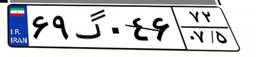
۶۹گ۰۴۶۷۲